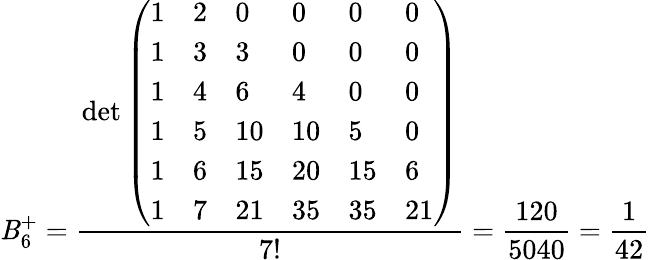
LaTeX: \mathit{B}_{6}^{+}={\frac{{\operatorname*{det}{\left(\begin{array}{llllll}{1}&{2}&{0}&{0}&{0}&{0}\\ {1}&{3}&{3}&{0}&{0}&{0}\\ {1}&{4}&{6}&{4}&{0}&{0}\\ {1}&{5}&{10}&{10}&{5}&{0}\\ {1}&{6}&{15}&{20}&{15}&{6}\\ {1}&{7}&{21}&{35}&{35}&{21}\end{array}\right)}}}{{7!}}}={\frac{{120}}{{5040}}}={\frac{{1}}{{42}}}